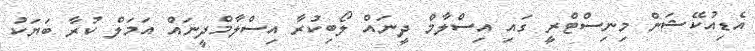
އެޑިއުކޭޝަން މިނިސްޓްރީ ގައި އިސްލާމް ދީނައް ލޯބިކުރާ އިސްލާމްދީނައް އަމަލް ކުރާ ބަޔަކު